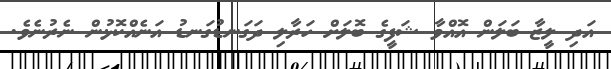
އަދި ލީޒާ ބަލަން އޮއްވާ ޝަފީގެ ބޮލަށް ހަރާލި ދަގަނޑުގަނޑު އަނެއްކޮޅުން ނެރުނެވެ.